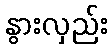
နွားလှည်း